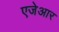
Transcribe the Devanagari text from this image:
एजेआर